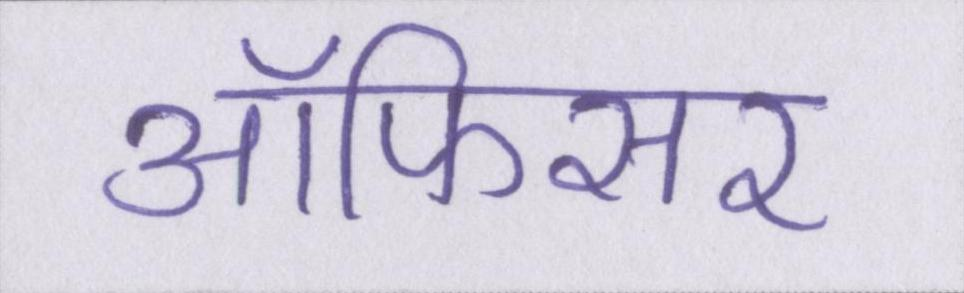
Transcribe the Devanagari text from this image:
ऑफिसर